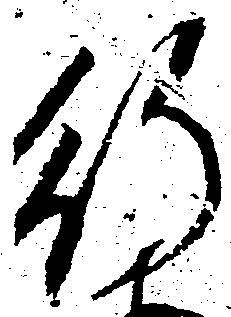
行